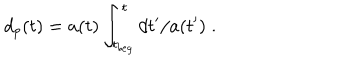
d _ { p } ( t ) = a ( t ) \int _ { t _ { b e g } } ^ { t } d t ^ { \prime } / a ( t ^ { \prime } ) \; .